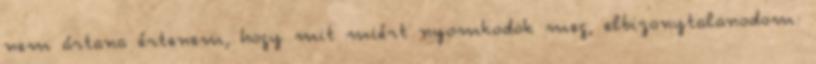
nem ártana értenem, hogy mit miért nyomkodok meg, elbizonytalanodom: